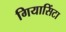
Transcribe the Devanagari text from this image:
गियासिंटा